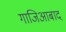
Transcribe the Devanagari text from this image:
गाजिआबाद